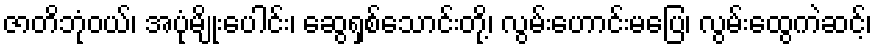
ဇာတိဘုံဝယ်၊ အပုံမျိုးပေါင်း၊ ဆွေရှစ်သောင်းတို့၊ လွမ်းဟောင်းမပြေ၊ လွမ်းထွေကဲဆင့်၊